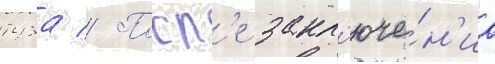
туза // Посл'е закл'юче́н'иа